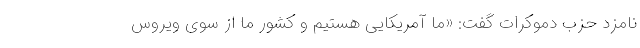
نامزد حزب دموکرات گفت: «ما آمریکایی‌ هستیم و کشور ما از سوی ویروس